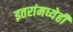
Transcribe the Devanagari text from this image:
इतरांमध्येही